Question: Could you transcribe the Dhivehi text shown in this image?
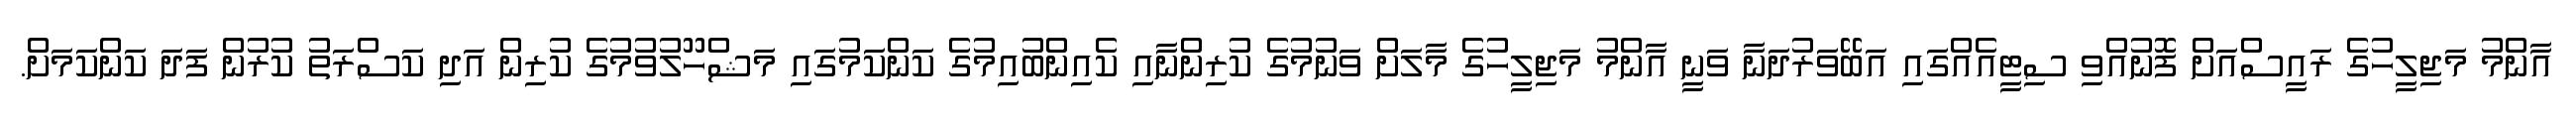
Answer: އާންމު މަޖިލީހުގެ ރައީސްއަށް ފޮނުއްވި ސިޓީއެއްގައި އަބޭވަރުދަނާ ވަނީ އާންމު މަޖިލީހުގެ މާލަށް ވަނުމުގެ ކުރިންނާއި ކެއިންބުއިމުގެ ކަންކަމުގައި މަޝްހޫލުވުމުގެ ކުރިން އަދި ކަސްރަތު ކުރުން ފަދަ ކަންކަމަށް.